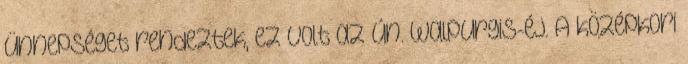
ünnepséget rendeztek, ez volt az ún. Walpurgis-éj. A középkori